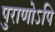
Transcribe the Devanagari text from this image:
पुराणोऽपि